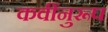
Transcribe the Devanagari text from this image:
कवींनुरूप